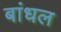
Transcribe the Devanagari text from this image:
बांधल